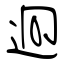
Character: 迥